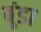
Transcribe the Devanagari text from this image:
बुंडा